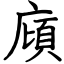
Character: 廎